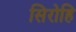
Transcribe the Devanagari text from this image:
सिरोहि